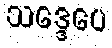
သဒ္ဒေပေ